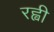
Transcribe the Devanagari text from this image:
रह्वी